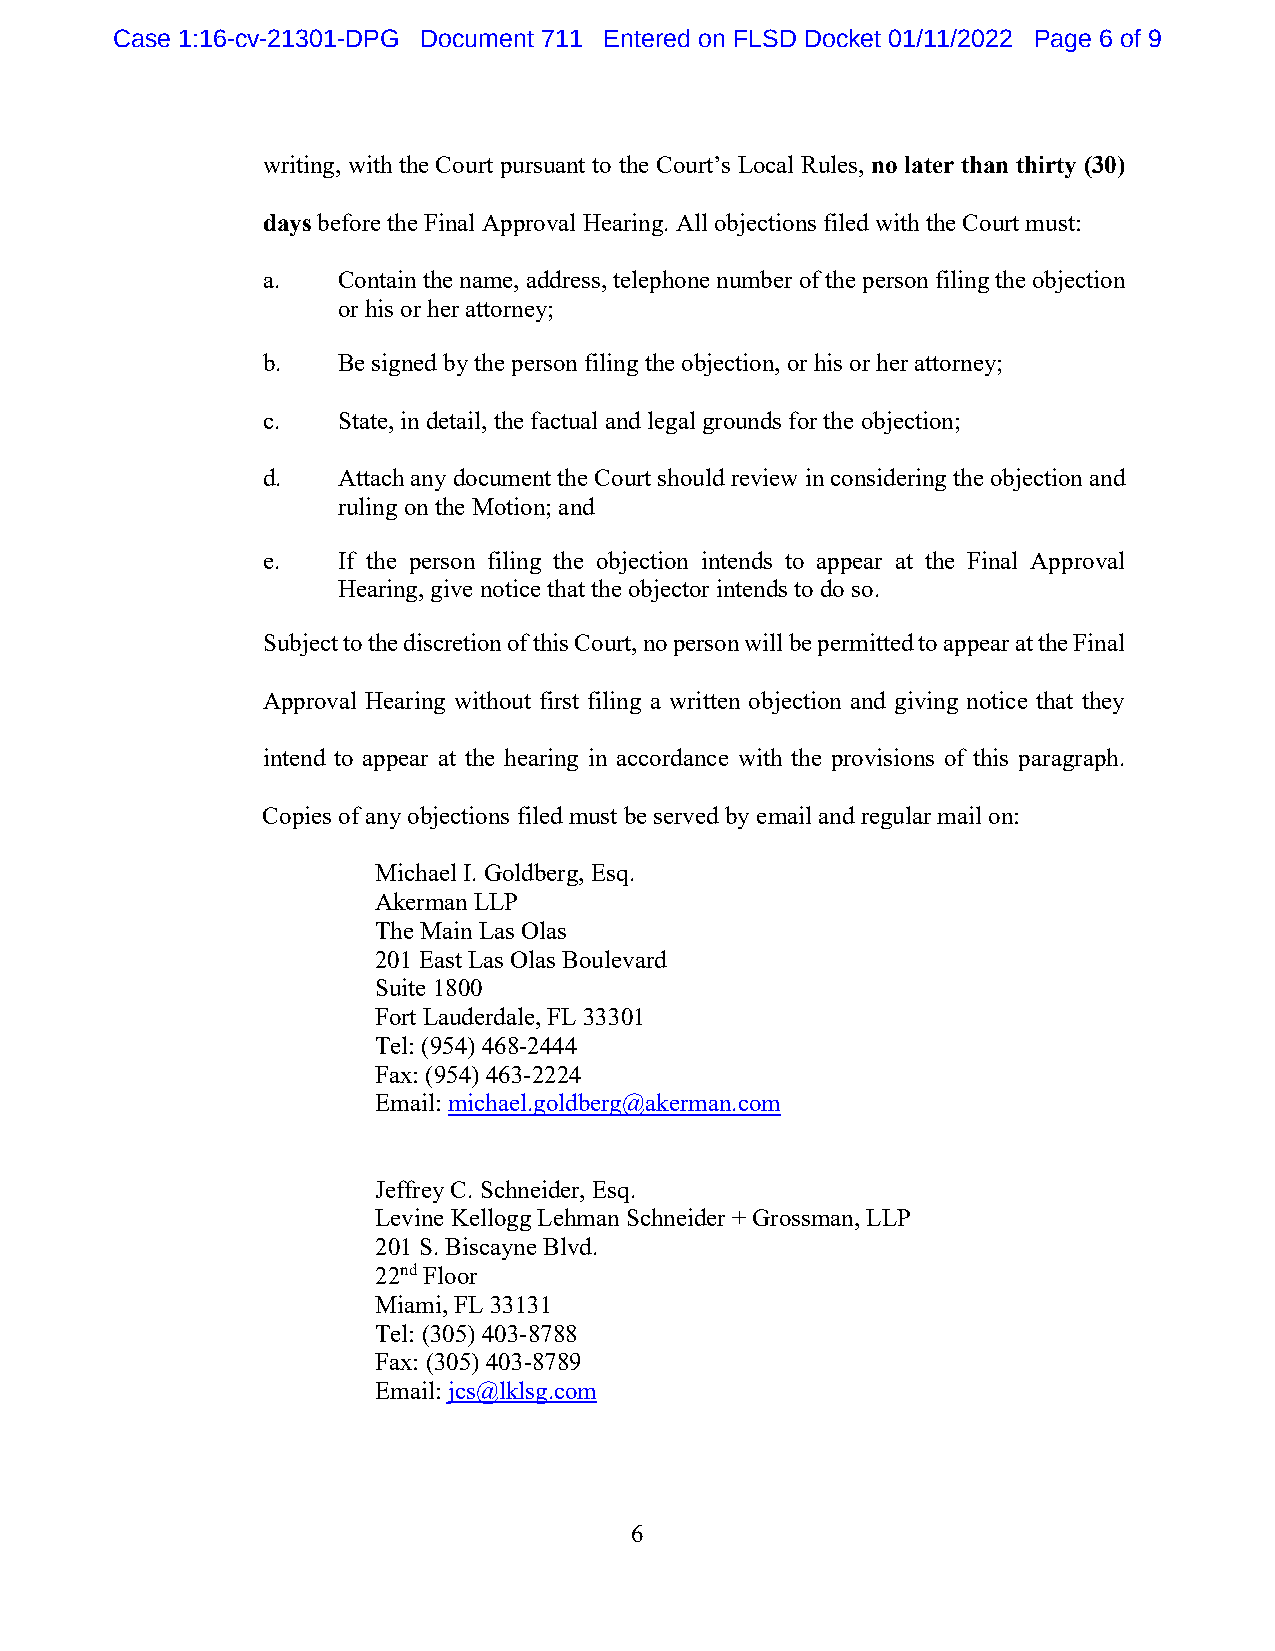
Case 1:16-cv-21301-DPG Document 711 Entered on FLSD Docket 01/11/2022 Page 6 of 9
 writing, with the Court pursuant to the Court’s Local Rules, no later than thirty (30)
 days before the Final Approval Hearing. All objections filed with the Court must:
 a.   Contain the name, address, telephone number of the person filing the objection
 or his or her attorney;
 b.   Be signed by the person filing the objection, or his or her attorney;
 c.   State, in detail, the factual and legal grounds for the objection;
 d.   Attach any document the Court should review in considering the objection and
 ruling on the Motion; and
 e.   If the person filing the objection intends to appear at the Final Approval
 Hearing, give notice that the objector intends to do so.
 Subject to the discretion of this Court, no person will be permitted to appear at the Final
 Approval Hearing without first filing a written objection and giving notice that they
 intend to appear at the hearing in accordance with the provisions of this paragraph.
 Copies of any objections filed must be served by email and regular mail on:
 Michael I. Goldberg, Esq.
 Akerman LLP
 The Main Las Olas
 201 East Las Olas Boulevard
 Suite 1800
 Fort Lauderdale, FL 33301
 Tel: (954) 468-2444
 Fax: (954) 463-2224
 Email: michael.goldberg@akerman.com
 Jeffrey C. Schneider, Esq.
 Levine Kellogg Lehman Schneider + Grossman, LLP
 201 S. Biscayne Blvd.
 22nd Floor
 Miami, FL 33131
 Tel: (305) 403-8788
 Fax: (305) 403-8789
 Email: jcs@lklsg.com
 6